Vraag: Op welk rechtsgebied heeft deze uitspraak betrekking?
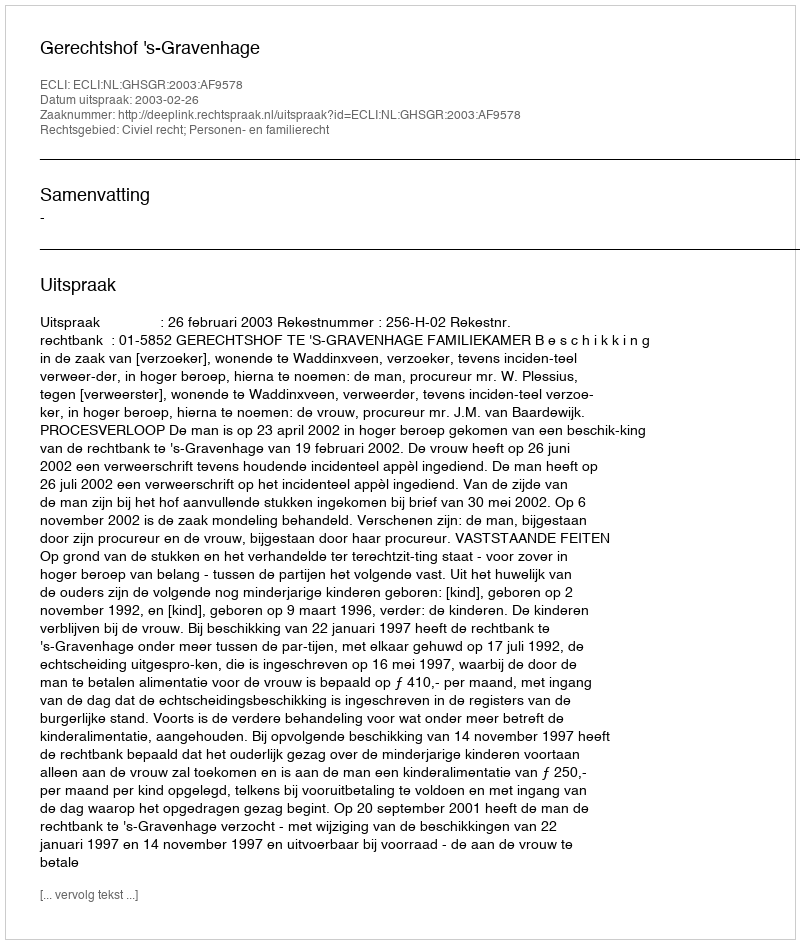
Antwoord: Civiel recht; Personen- en familierecht